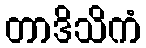
တာဒိသိကံ